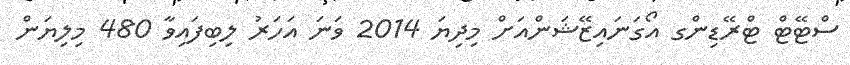
ސްޓޭޓް ޓްރޭޑިންގ އޯގަނައިޒޭޝަންއަށް މިދިޔަ 2014 ވަނަ އަހަރު ލިބިފައިވާ 480 މިލިޔަން